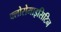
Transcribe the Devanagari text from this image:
क्लोरोमाइसिटिन